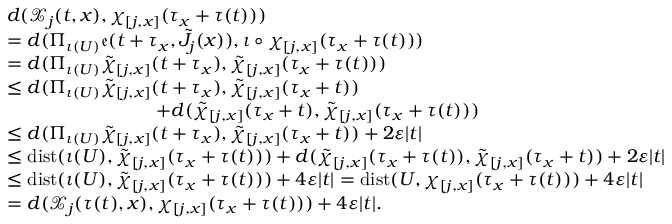
\begin{array} { r l } & { d ( \mathcal { X } _ { j } ( t , x ) , \chi _ { [ j , x ] } ( \tau _ { x } + \tau ( t ) ) ) } \\ & { = d ( \Pi _ { \iota ( U ) } \mathfrak { e } ( t + \tau _ { x } , \tilde { J } _ { j } ( x ) ) , \iota \circ \chi _ { [ j , x ] } ( \tau _ { x } + \tau ( t ) ) ) } \\ & { = d ( \Pi _ { \iota ( U ) } \tilde { \chi } _ { [ j , x ] } ( t + \tau _ { x } ) , \tilde { \chi } _ { [ j , x ] } ( \tau _ { x } + \tau ( t ) ) ) } \\ & { \leq d ( \Pi _ { \iota ( U ) } \tilde { \chi } _ { [ j , x ] } ( t + \tau _ { x } ) , \tilde { \chi } _ { [ j , x ] } ( \tau _ { x } + t ) ) } \\ & { \qquad \qquad \qquad \qquad + d ( \tilde { \chi } _ { [ j , x ] } ( \tau _ { x } + t ) , \tilde { \chi } _ { [ j , x ] } ( \tau _ { x } + \tau ( t ) ) ) } \\ & { \leq d ( \Pi _ { \iota ( U ) } \tilde { \chi } _ { [ j , x ] } ( t + \tau _ { x } ) , \tilde { \chi } _ { [ j , x ] } ( \tau _ { x } + t ) ) + 2 \varepsilon \lvert t \rvert } \\ & { \leq \mathrm { d i s t } ( \iota ( U ) , \tilde { \chi } _ { [ j , x ] } ( \tau _ { x } + \tau ( t ) ) ) + d ( \tilde { \chi } _ { [ j , x ] } ( \tau _ { x } + \tau ( t ) ) , \tilde { \chi } _ { [ j , x ] } ( \tau _ { x } + t ) ) + 2 \varepsilon \lvert t \rvert } \\ & { \leq \mathrm { d i s t } ( \iota ( U ) , \tilde { \chi } _ { [ j , x ] } ( \tau _ { x } + \tau ( t ) ) ) + 4 \varepsilon \lvert t \rvert = \mathrm { d i s t } ( U , \chi _ { [ j , x ] } ( \tau _ { x } + \tau ( t ) ) ) + 4 \varepsilon \lvert t \rvert } \\ & { = d ( \mathcal { X } _ { j } ( \tau ( t ) , x ) , \chi _ { [ j , x ] } ( \tau _ { x } + \tau ( t ) ) ) + 4 \varepsilon \lvert t \rvert . } \end{array}